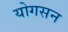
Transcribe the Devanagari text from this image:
योगसन